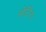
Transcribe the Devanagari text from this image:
सेटिंग।